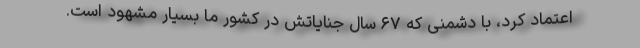
اعتماد کرد، با دشمنی که ۶۷ سال جنایاتش در کشور ما بسیار مشهود است.